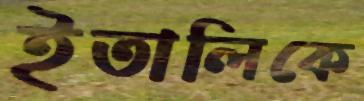
ইতালিকে